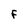
Character: F